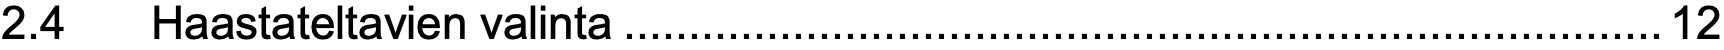
2.4  Haastateltavien valinta................................................................................12